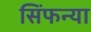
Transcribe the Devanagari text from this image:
सिंफन्या